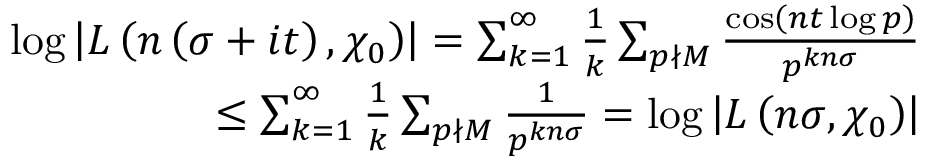
\begin{array} { r } { \log \left| L \left( n \left( \sigma + i t \right) , \chi _ { 0 } \right) \right| = \sum _ { k = 1 } ^ { \infty } \frac { 1 } { k } \sum _ { p \nmid M } \frac { \cos \left( n t \log p \right) } { p ^ { k n \sigma } } } \\ { \leq \sum _ { k = 1 } ^ { \infty } \frac { 1 } { k } \sum _ { p \nmid M } \frac { 1 } { p ^ { k n \sigma } } = \log \left| L \left( n \sigma , \chi _ { 0 } \right) \right| } \end{array}